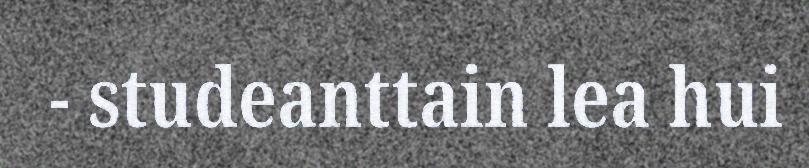
- studeanttain lea hui